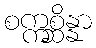
စက္ကစ္ဆိန္နာ